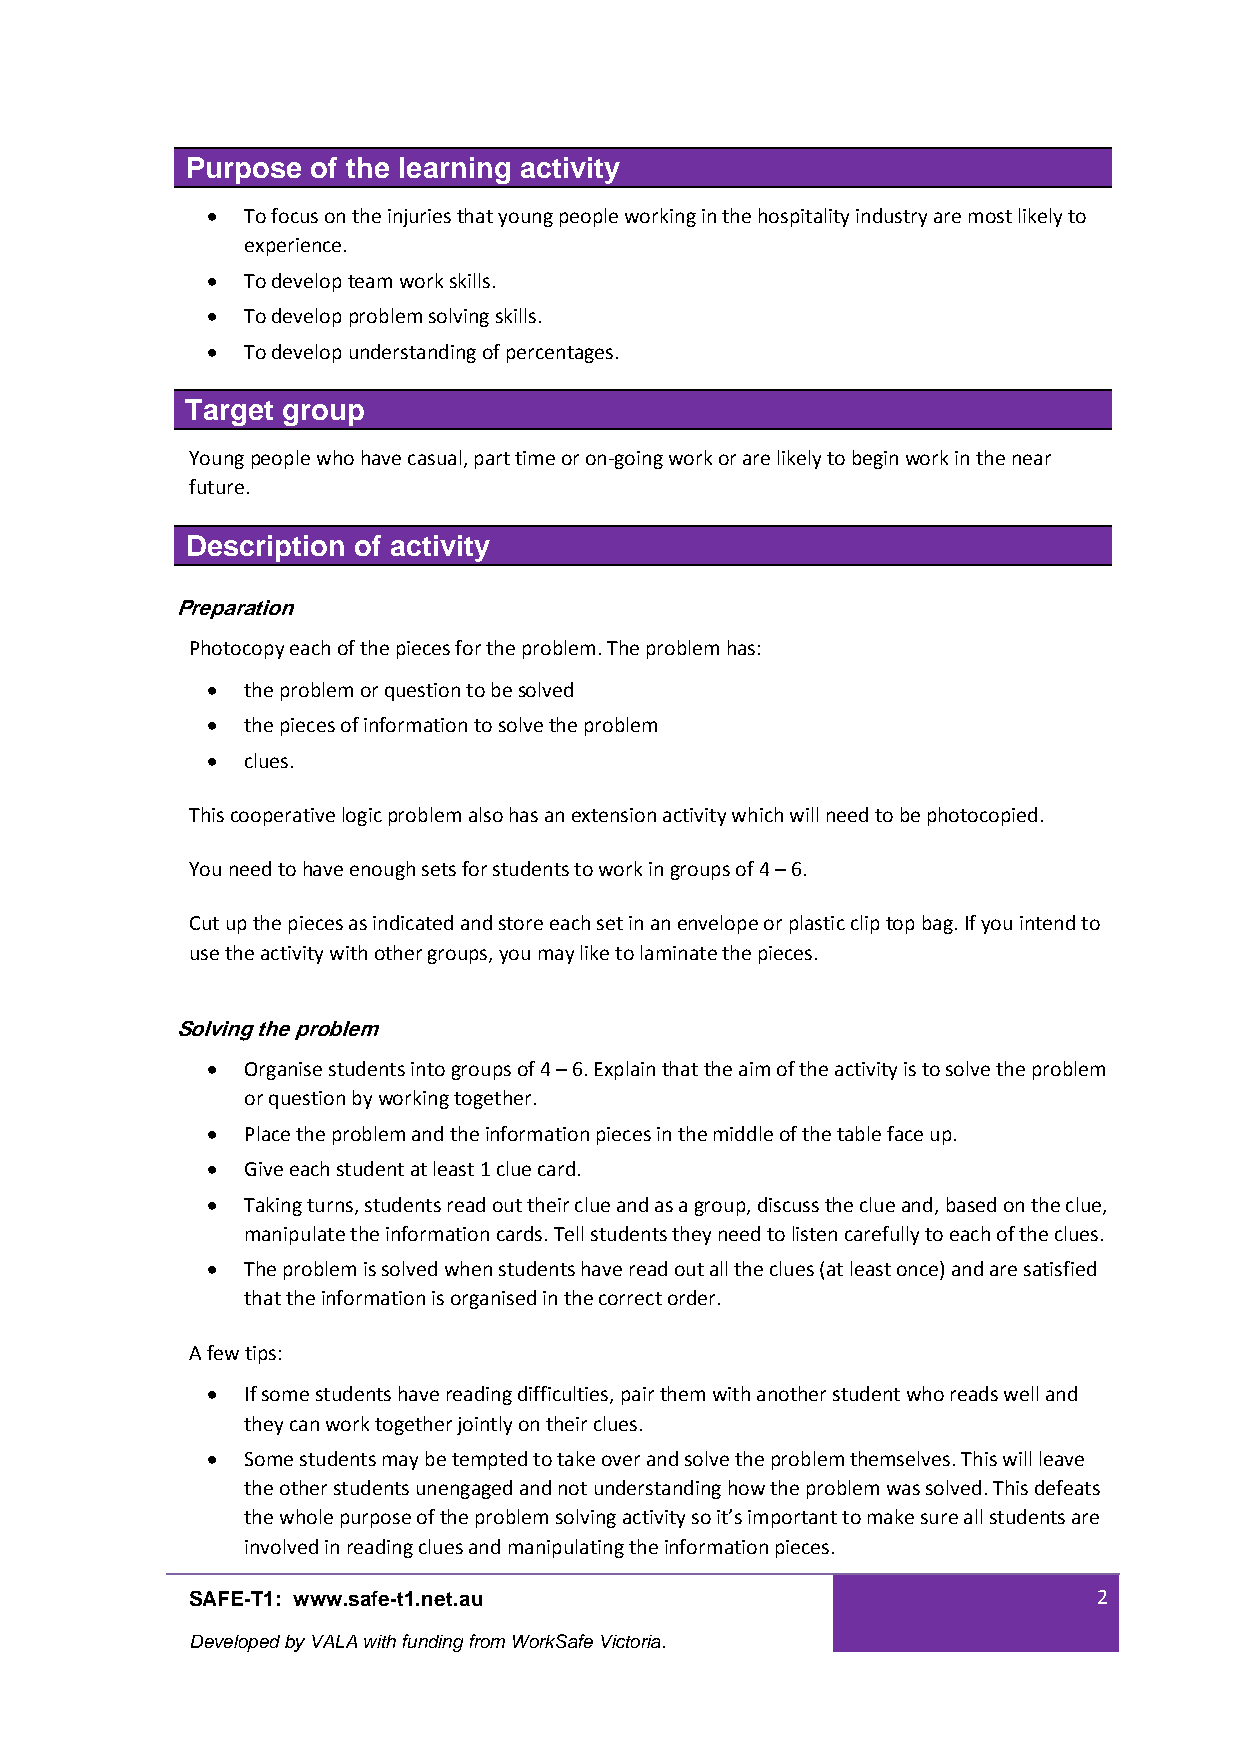
Purpose  of the learning activity
 • To focus on the injuries that young people working in the hospitality industry are most likely to
 experience.
 • To develop team work skills.
 • To develop problem solving skills.
 • To develop understanding of percentages.
 Target group
 Young people who have casual, part time or on‐going work or are likely to begin work in the near
 future.
 Description of activity
 Preparation
 Photocopy each of the pieces for the problem. The problem has:
 • the problem or question to be solved
 • the pieces of information to solve the problem
 • clues.
 This cooperative logic problem also has an extension activity which will need to be photocopied.
 You need to have enough sets for students to work in groups of 4 – 6.
 Cut up the pieces as indicated and store each set in an envelope or plastic clip top bag. If you intend to
 use the activity with other groups, you may like to laminate the pieces.
 Solving the problem
 • Organise students into groups of 4 – 6. Explain that the aim of the activity is to solve the problem
 or question by working together.
 • Place the problem and the information pieces in the middle of the table face up.
 • Give each student at least 1 clue card.
 • Taking turns, students read out their clue and as a group, discuss the clue and, based on the clue,
 manipulate the information cards. Tell students they need to listen carefully to each of the clues.
 • The problem is solved when students have read out all the clues (at least once) and are satisfied
 that the information is organised in the correct order.
 A few tips:
 • If some students have reading difficulties, pair them with another student who reads well and
 they can work together jointly on their clues.
 • Some students may be tempted to take over and solve the problem themselves. This will leave
 the other students unengaged and not understanding how the problem was solved. This defeats
 the whole purpose of the problem solving activity so it’s important to make sure all students are
 involved in reading clues and manipulating the information pieces.
 SAFE-T1: www.safe-t1.net.au                                 2
 Developed by VALA with funding from WorkSafe Victoria.